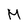
Character: M